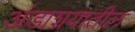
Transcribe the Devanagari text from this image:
अंडाशयातील